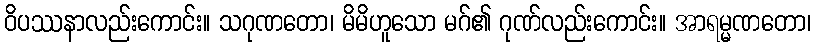
ဝိပဿနာလည်းကောင်း။ သဂုဏတော၊ မိမိဟူသော မဂ်၏ ဂုဏ်လည်းကောင်း။ အာရမ္မဏတော၊